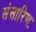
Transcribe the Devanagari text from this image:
संसारिणः